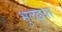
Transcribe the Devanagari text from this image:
भुलइया